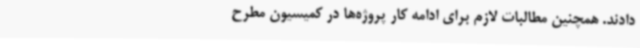
دادند. همچنین مطالبات لازم برای ادامه‌ کار پروژه‌ها در کمیسیون مطرح